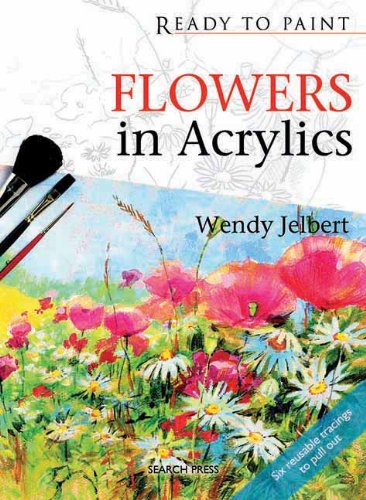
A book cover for Flowers in Acrylics (Ready to Paint); Wendy Jelbert; Arts & Photography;